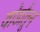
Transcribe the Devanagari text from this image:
वॉर्डांतून